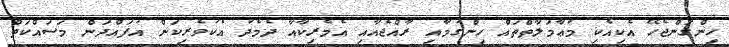
ހިންގަންޖެހޭ އެކިއެކި މުޢާމަލާތްތައް ހިންގުމާއި ރާއްޖެއާއި އެމެރިކާއާ ދެމެދު އެކުވެރިކަން އުފައްދަން މަސައްކަތް